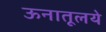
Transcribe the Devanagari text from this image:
ऊनातूलये